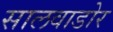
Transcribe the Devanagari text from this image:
सालवाडोर